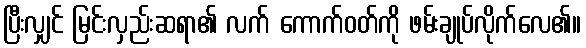
ပြီးလျှင် မြင်းလှည်းဆရာ၏ လက် ကောက်ဝတ်ကို ဖမ်းချုပ်လိုက်လေ၏။